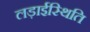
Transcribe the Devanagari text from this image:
लड़ाईस्थिति